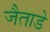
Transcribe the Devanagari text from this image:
जैताडे